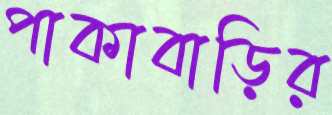
পাকাবাড়ির